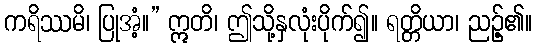
ကရိဿမိ၊ ပြုအံ့။” ဣတိ၊ ဤသို့နှလုံးပိုက်၍။ ရတ္တိယာ၊ ညဉ့်၏။